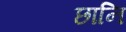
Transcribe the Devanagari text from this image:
छानि